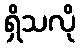
ရှိသလို